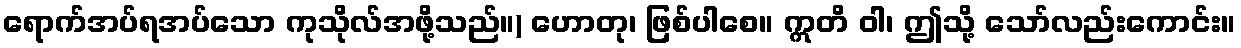
ရောက်အပ်ရအပ်သော ကုသိုလ်အဖို့သည်။) ဟောတု၊ ဖြစ်ပါစေ။ ဣတိ ဝါ၊ ဤသို့ သော်လည်းကောင်း။